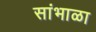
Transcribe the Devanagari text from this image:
सांभाळा